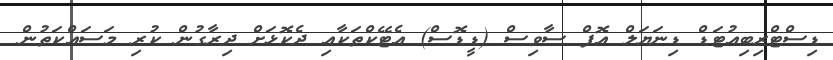
ޑިސްޓްރިބިއުޓަޑް ޑިނަޔަލް އޮފް ސާވިސް (ޑީޑޮސް) އެޓޭކްތަކާއި ދެކޮޅަށް ދިރާގުން ކުރި މަސައްކަތުން